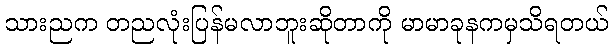
သားညက တညလုံးပြန်မလာဘူးဆိုတာကို မာမာခုနကမှသိရတယ်